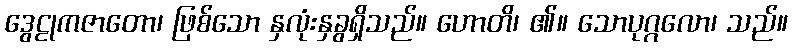
ဒွေဠုကဇာတော၊ ဖြစ်သော နှလုံးနှခွရှိသည်။ ဟောတိ၊ ၏။ သောပုဂ္ဂလော၊ သည်။